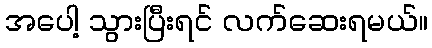
အပေါ့ သွားပြီးရင် လက်ဆေးရမယ်။